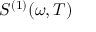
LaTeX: S ^ { ( 1 ) } ( \omega , T )